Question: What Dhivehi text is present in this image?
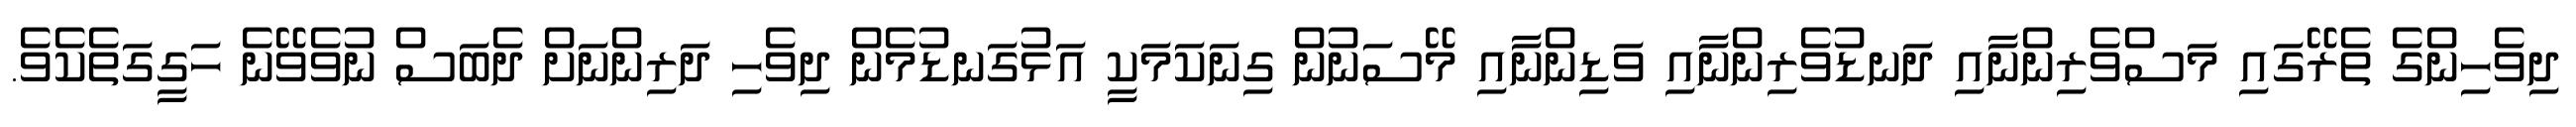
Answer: ދިވެހިންގެ ތެރޭގައި މަސްވެރިންނާއި ދަނޑުވެރިންނާއި ވަޑިންނާއި މޭސަނުން ގިނަކަމަކީ އަޅުގަނޑުމެން ދިވެހި ދަރިންނަށް ދެބަސް ނުވެވޭނެ ހަގީގަތެކެވެ.